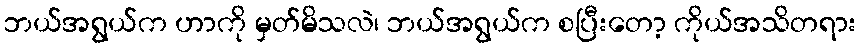
ဘယ်အရွယ်က ဟာကို မှတ်မိသလဲ၊ ဘယ်အရွယ်က စပြီးတော့ ကိုယ်အသိတရား